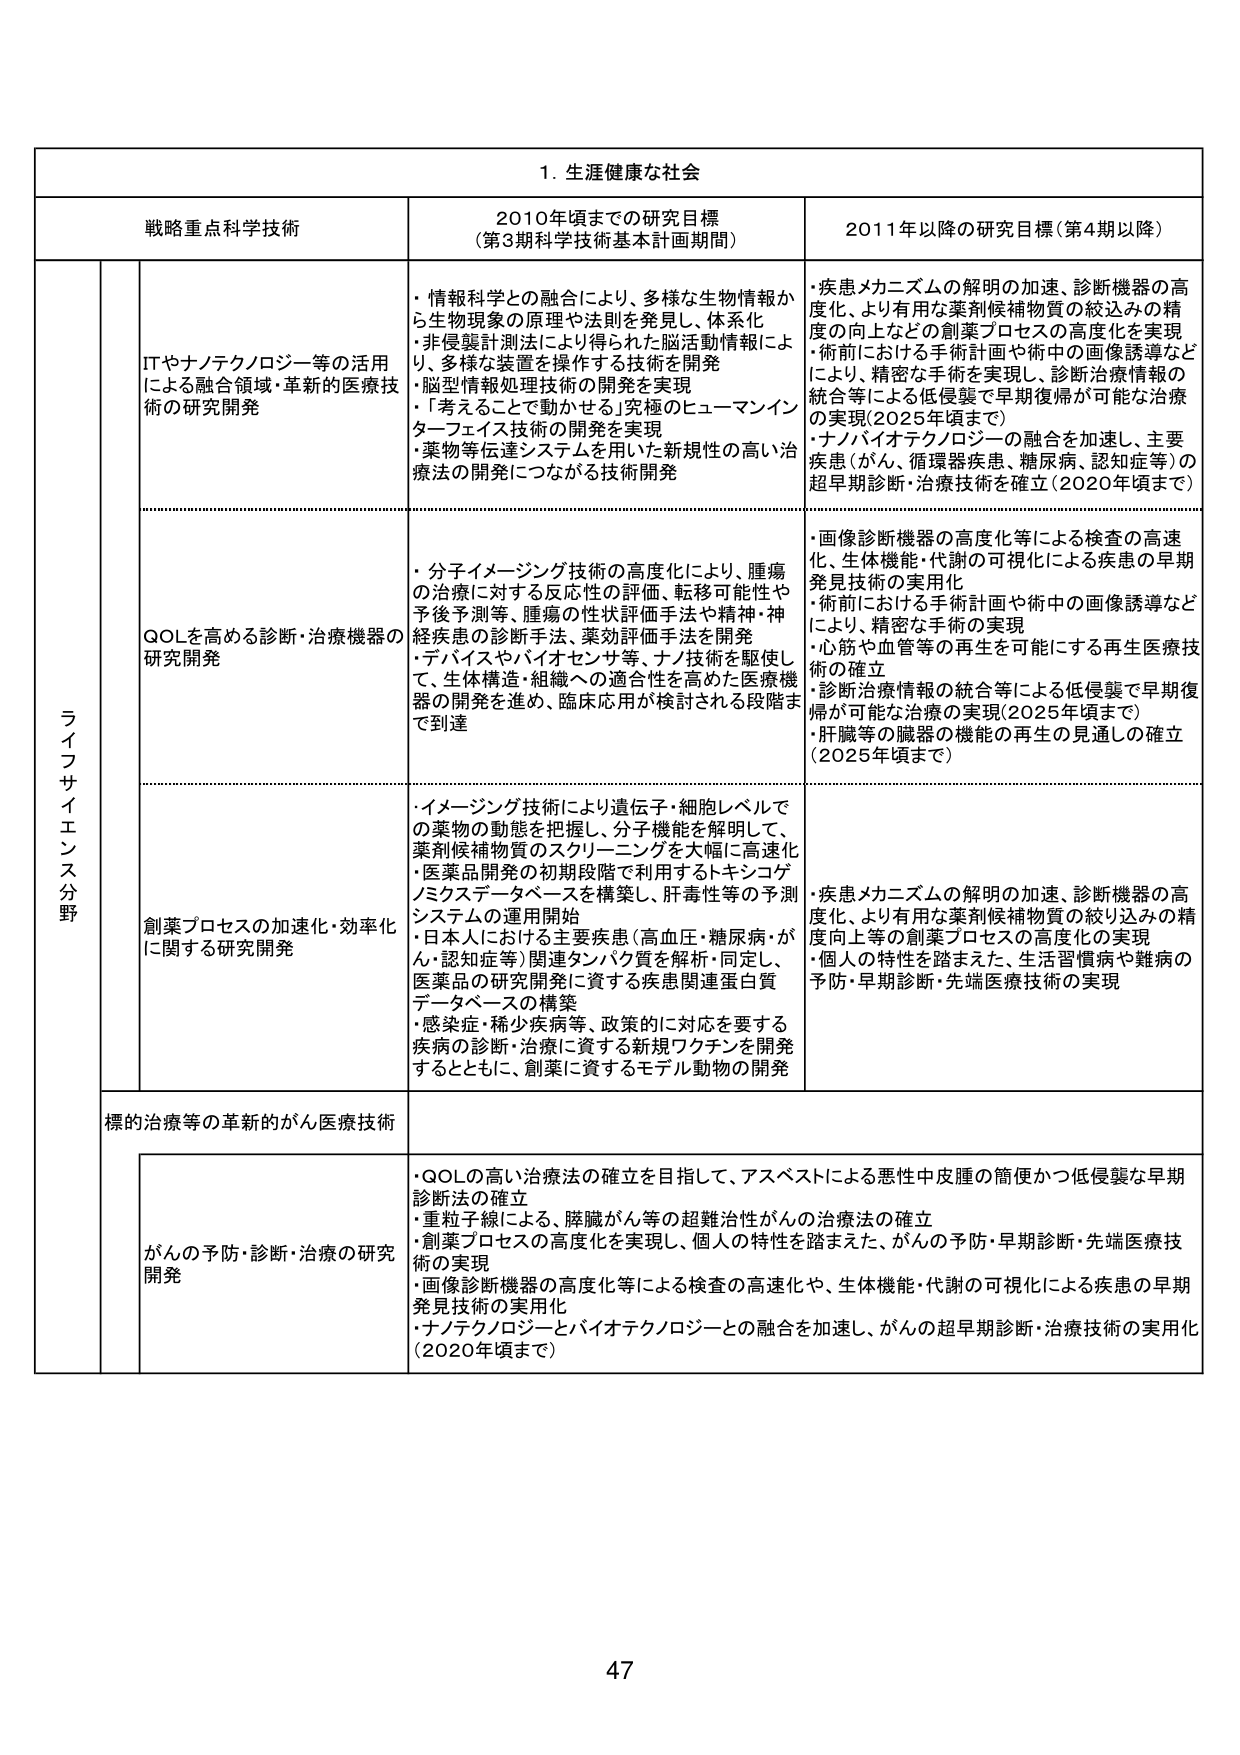
1. 生涯健康な社会

戦略重点科学技術 2010年頃までの研究目標 （第3期科学技術基本計画期間） 2011年以降の研究目標（第4期以降）

ライフサイエンス分野

ITやナノテクノロジー等の活用による融合領域・革新的医療技術の研究開発
・情報科学との融合により、多様な生物情報から生物現象の原理や法則を発見し、体系化
・非侵襲計測法により得られた脳活動情報により、多様な装置を操作する技術を開発
・脳情報処理技術の開発を実現
・「考えることで動かせる」究極のヒューマンインターフェイス技術の開発を実現
・薬物等伝達システムを用いた新規性の高い治療法の開発につながる技術開発

・疾患メカニズムの解明の加速、診断機器の高度化、より有用な薬剤候補物質の絞込みの精度の向上などの創薬プロセスの高度化を実現
・術前における手術計画や術中の画像誘導などにより、精密な手術を実現し、診断治療情報の統合等による低侵襲で早期復帰が可能な治療の実現（2025年頃まで）
・ナノバイオテクノロジーの融合を加速し、主要疾患（がん、循環器疾患、糖尿病、認知症等）の超早期診断・治療技術を確立（2020年頃まで）

QOLを高める診断・治療機器の研究開発
・分子イメージング技術の高度化により、腫瘍の治療に対する反応性の評価、転移可能性や予後予測等、腫瘍の性状評価手法や精神・神経疾患の診断手法、薬効評価手法を開発
・デバイスやバイオセンサ等、ナノ技術を駆使して、生体構造・組織への適合性を高めた医療機器の開発を進め、臨床応用が検討される段階まで到達

・画像診断機器の高度化等による検査の高速化、生体機能・代謝の可視化による疾患の早期発見技術の実用化
・術前における手術計画や術中の画像誘導などにより、精密な手術の実現
・心筋や血管等の再生を可能にする再生医療技術の確立
・診断治療情報の統合等による低侵襲で早期復帰が可能な治療の実現（2025年頃まで）
・肝臓等の臓器の機能の再生の見通しの確立（2025年頃まで）

創薬プロセスの加速化・効率化に関する研究開発
・イメージング技術により遺伝子・細胞レベルでの薬物の動態を把握し、分子機能を解明して、薬剤候補物質のスクリーニングを大幅に高速化
・医薬品開発の初期段階で利用するトキシコゲノミクスデータベースを構築し、肝毒性等の予測システムの運用開始
・日本人における主要疾患（高血圧・糖尿病・がん・認知症等）関連タンパク質を解析・同定し、医薬品の研究開発に資する疾患関連蛋白質データベースの構築
・感染症・稀少疾病等、政策的に対応を要する疾病の診断・治療に資する新規ワクチンを開発するとともに、創薬に資するモデル動物の開発

・疾患メカニズムの解明の加速、診断機器の高度化、より有用な薬剤候補物質の絞り込みの精度向上等の創薬プロセスの高度化の実現
・個人の特性を踏まえた、生活習慣病や難病の予防・早期診断・先端医療技術の実現

標的治療等の革新的がん医療技術

がんの予防・診断・治療の研究開発
・QOLの高い治療法の確立を目指して、アスベストによる悪性中皮腫の簡便かつ低侵襲な早期診断法の確立
・重粒子線による、膵臓がん等の超難治性がんの治療法の確立
・創薬プロセスの高度化を実現し、個人の特性を踏まえた、がんの予防・早期診断・先端医療技術の実現
・画像診断機器の高度化等による検査の高速化や、生体機能・代謝の可視化による疾患の早期発見技術の実用化
・ナノテクノロジーとバイオテクノロジーとの融合を加速し、がんの超早期診断・治療技術の実用化（2020年頃まで）

47